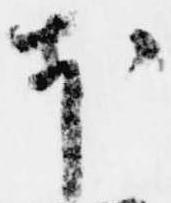
本